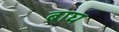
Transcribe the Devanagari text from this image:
बाघ्‍ा